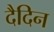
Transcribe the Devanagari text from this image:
दैदिन